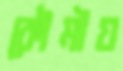
কৌমীয়